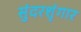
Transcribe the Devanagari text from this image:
सुंदरशृंगार